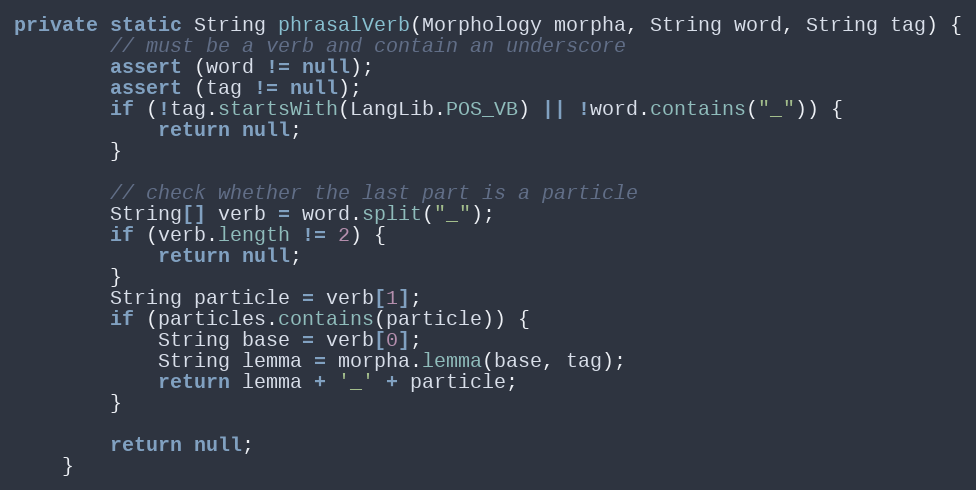
Language: Java
private static String phrasalVerb(Morphology morpha, String word, String tag) {
        // must be a verb and contain an underscore
        assert (word != null);
        assert (tag != null);
        if (!tag.startsWith(LangLib.POS_VB) || !word.contains("_")) {
            return null;
        }

        // check whether the last part is a particle
        String[] verb = word.split("_");
        if (verb.length != 2) {
            return null;
        }
        String particle = verb[1];
        if (particles.contains(particle)) {
            String base = verb[0];
            String lemma = morpha.lemma(base, tag);
            return lemma + '_' + particle;
        }

        return null;
    }